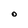
Character: O